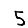
Digit: 5